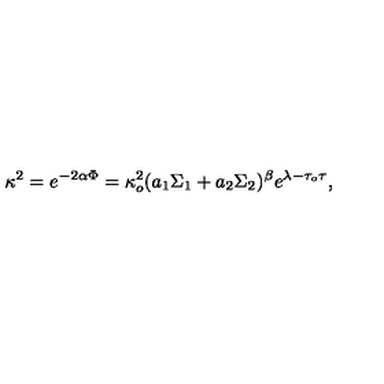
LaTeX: \kappa ^ { 2 } = e ^ { - 2 \alpha \Phi } = \kappa _ { o } ^ { 2 } ( a _ { 1 } \Sigma _ { 1 } + a _ { 2 } \Sigma _ { 2 } ) ^ { \beta } e ^ { \lambda - \tau _ { o } \tau } ,